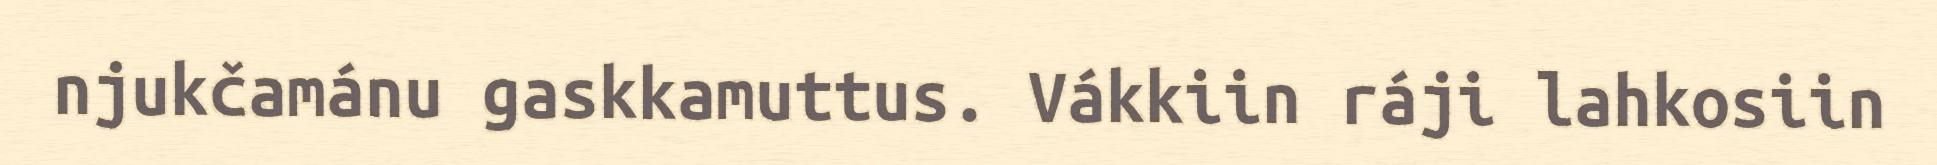
njukčamánu gaskkamuttus. Vákkiin ráji lahkosiin